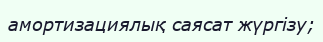
амортизациялық саясат жүргізу;